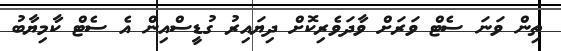
ތިން ވަނަ ސެޓް ވަރަށް ވާދަވެރިކޮށް ދިޔައިރު ގުޑީސްއިން އެ ސެޓް ކާމިޔާބު